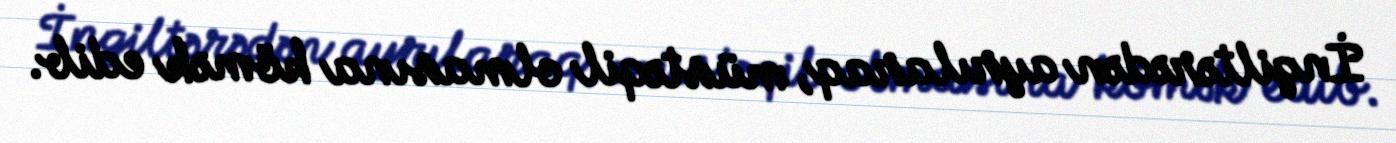
İngiltərədən ayrılaraq, müstəqil olmasına kömək edib.